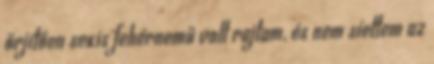
őrjítően sexis fehérnemű volt rajtam, és nem síettem az